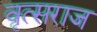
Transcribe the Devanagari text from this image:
वृत्सराज